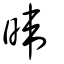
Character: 暐